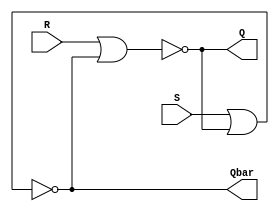
module sr_gate(
    input S,
    input R,
    output Q,
    output Qbar
);
    nor nor1(Q, R, Qbar);
    nor nor2(Qbar, S, Q);
endmodule